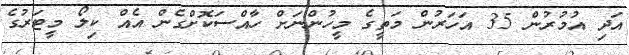
އަދި އުމުރުން 35 އަހަރުން މަތީގެ މީހުންނަށް ހާއްސަކޮށްގެން އެއް ކިލޯ މީޓަރުގެ